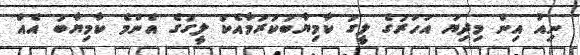
ނިއު އިން މިދިޔަ އަހަރުގެ ލީގު ކާމިޔާބުކުރުމާއެކު ލީގުގެ އެންމެ ކާމިޔާބު އެއް